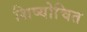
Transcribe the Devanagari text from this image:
शिष्योचित